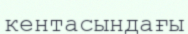
кентасындағы